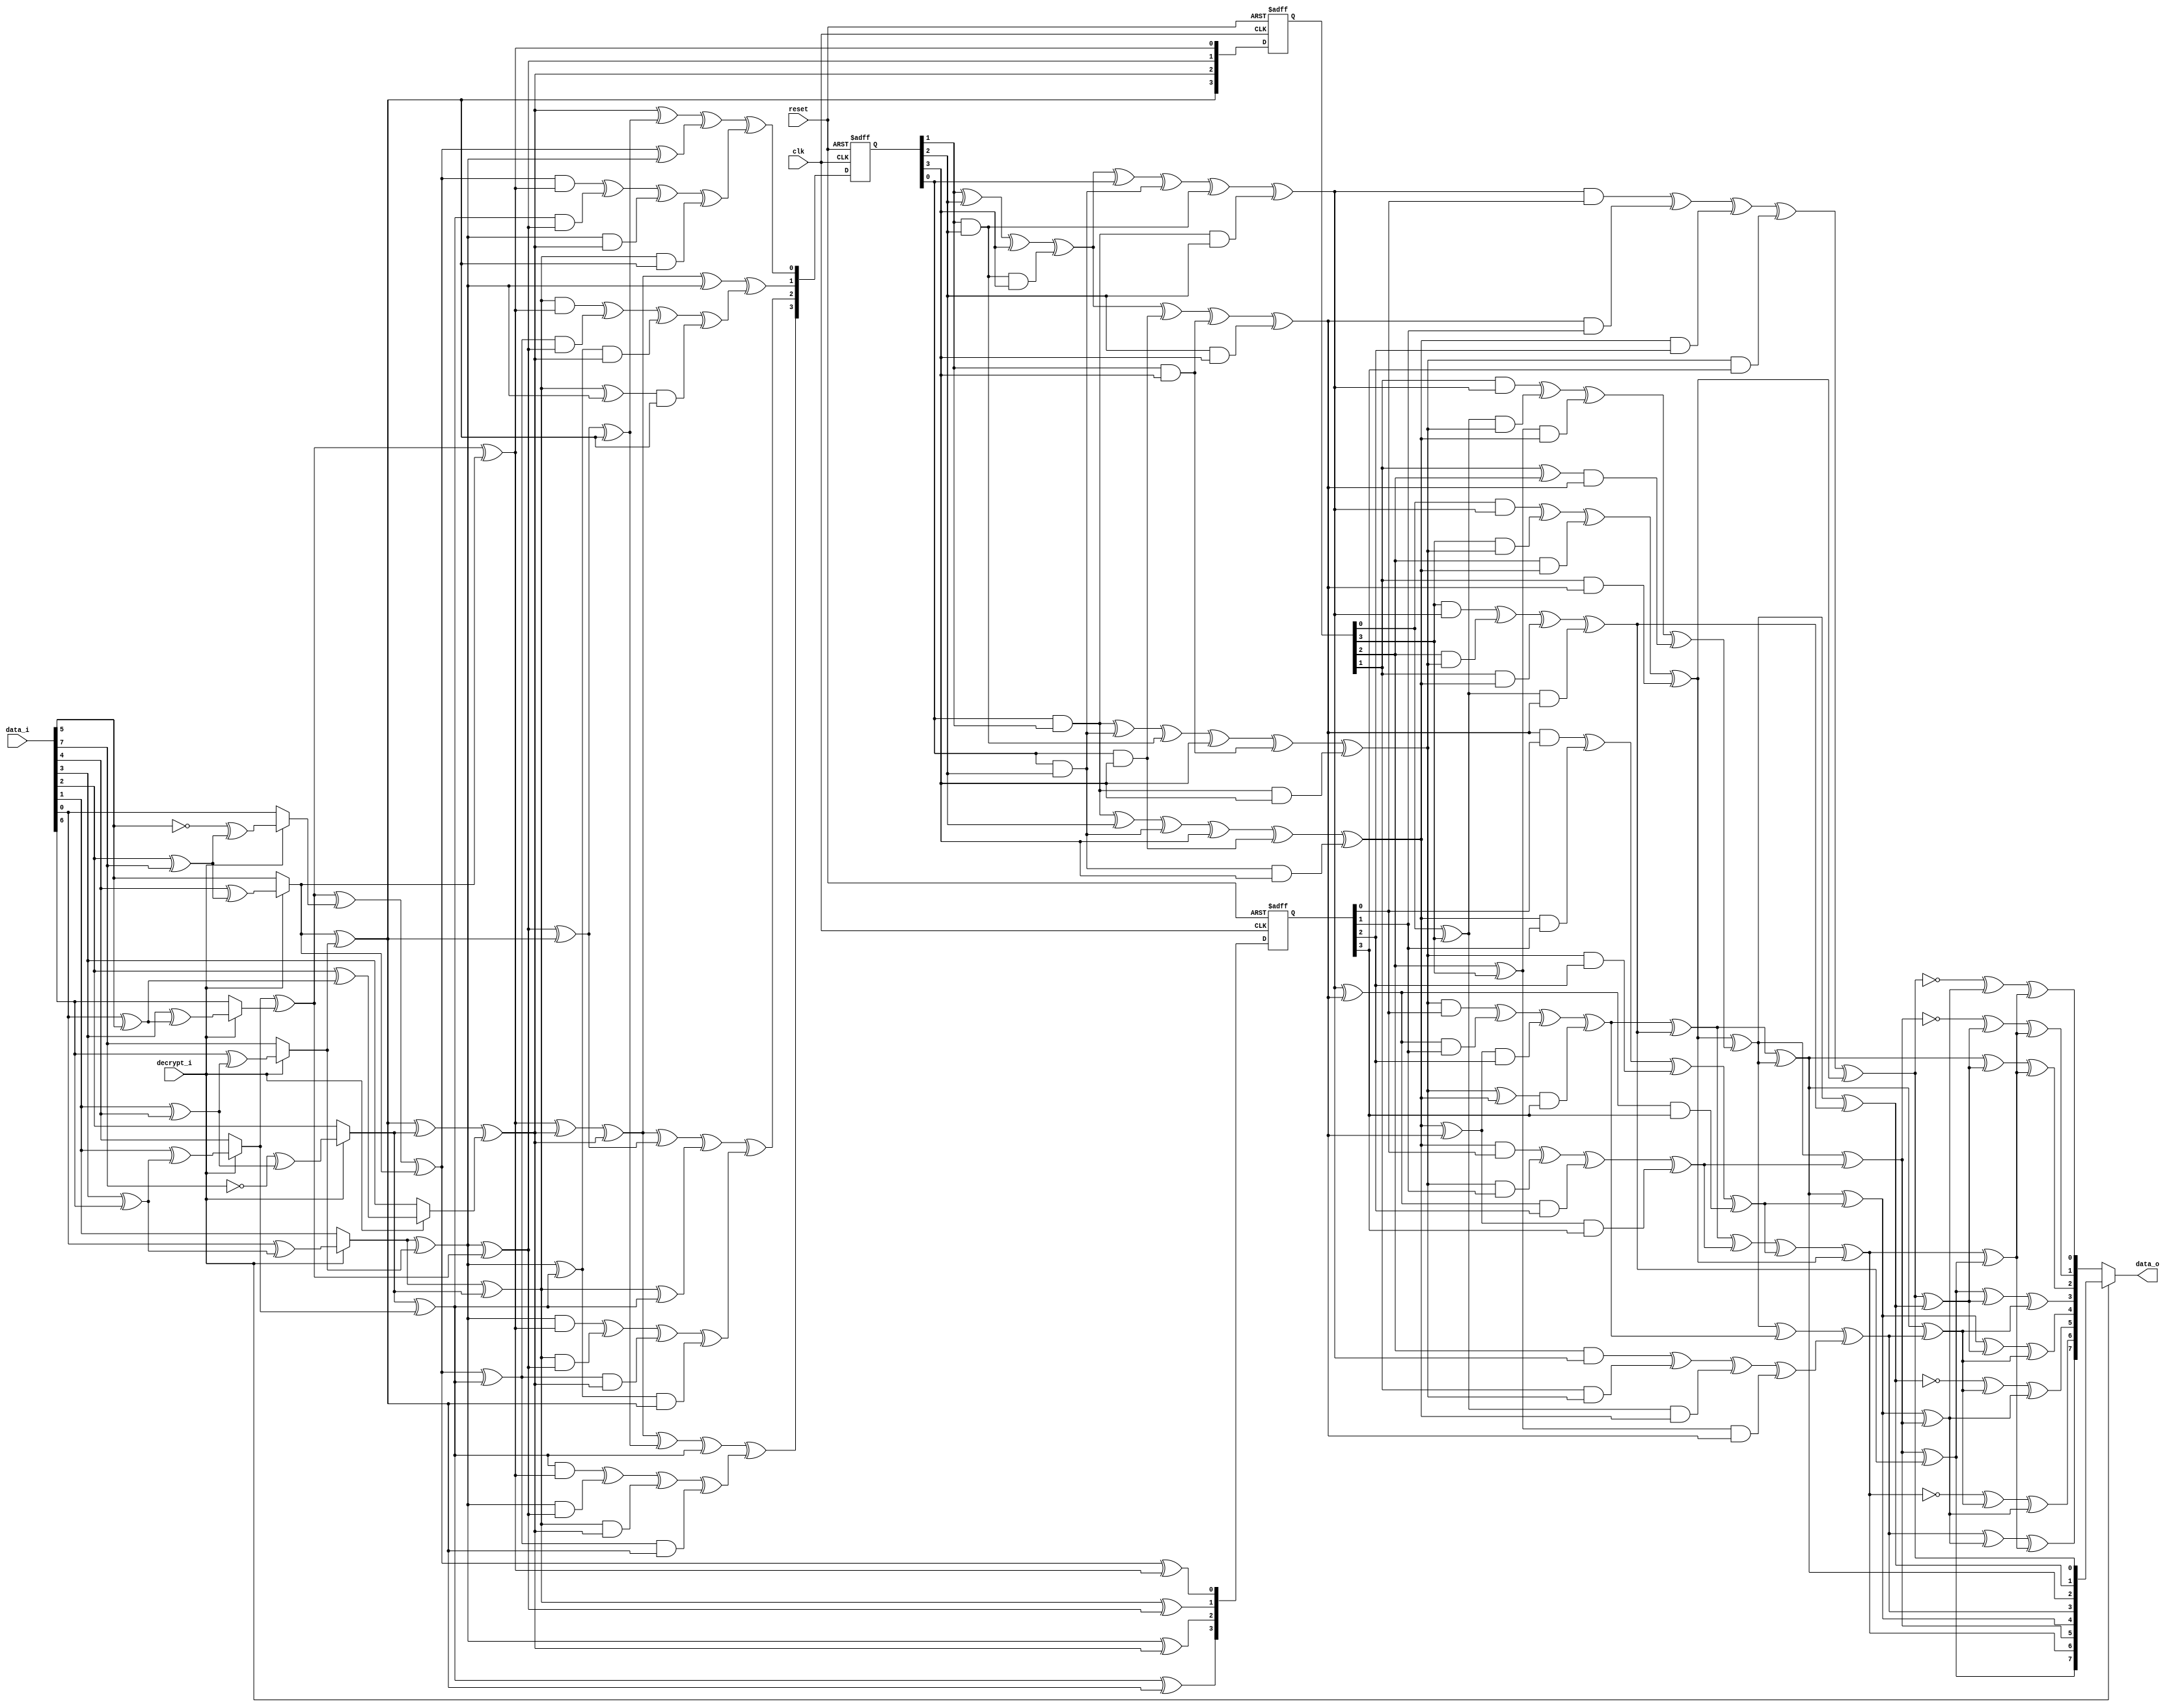
// This program was cloned from: https://github.com/ieee-ceda-datc/RDF-2019
// License: MIT License

//////////////////////////////////////////////////////////////////////
////                                                              ////
////  S-Box calculation                                           ////
////                                                              ////
////  This file is part of the SystemC AES                        ////
////                                                              ////
////  Description:                                                ////
////  S-box calculation calculating inverse on gallois field      ////
////                                                              ////
////  Generated automatically using SystemC to Verilog translator ////
////                                                              ////
////  To Do:                                                      ////
////   - done                                                     ////
////                                                              ////
////  Author(s):                                                  ////
////      - Javier Castillo, jcastilo@opencores.org               ////
////                                                              ////
//////////////////////////////////////////////////////////////////////
////                                                              ////
//// Copyright (C) 2000 Authors and OPENCORES.ORG                 ////
////                                                              ////
//// This source file may be used and distributed without         ////
//// restriction provided that this copyright statement is not    ////
//// removed from the file and that any derivative work contains  ////
//// the original copyright notice and the associated disclaimer. ////
////                                                              ////
//// This source file is free software; you can redistribute it   ////
//// and/or modify it under the terms of the GNU Lesser General   ////
//// Public License as published by the Free Software Foundation; ////
//// either version 2.1 of the License, or (at your option) any   ////
//// later version.                                               ////
////                                                              ////
//// This source is distributed in the hope that it will be       ////
//// useful, but WITHOUT ANY WARRANTY; without even the implied   ////
//// warranty of MERCHANTABILITY or FITNESS FOR A PARTICULAR      ////
//// PURPOSE.  See the GNU Lesser General Public License for more ////
//// details.                                                     ////
////                                                              ////
//// You should have received a copy of the GNU Lesser General    ////
//// Public License along with this source; if not, download it   ////
//// from http://www.opencores.org/lgpl.shtml                     ////
////                                                              ////
//////////////////////////////////////////////////////////////////////
//
// CVS Revision History
//
// $Log: sbox.v,v $
// Revision 1.1.1.1  2004/07/05 09:46:23  jcastillo
// First import
//

module sbox(clk,reset,data_i,decrypt_i,data_o);
input clk;
input reset;
input [7:0] data_i;
input decrypt_i;
output [7:0] data_o;

reg [7:0] data_o;

reg [7:0] inva;
reg [3:0] ah;
reg [3:0] al;
reg [3:0] ah2;
reg [3:0] al2;
reg [3:0] alxh;
reg [3:0] alph;
reg [3:0] d;
reg [3:0] ahp;
reg [3:0] alp;
reg [3:0] to_invert;
reg [3:0] next_to_invert;
reg [3:0] ah_reg;
reg [3:0] next_ah_reg;
reg [3:0] next_alph;


//registers:
always @(posedge clk or negedge reset)

begin

if(!reset)
begin

to_invert = (0);
	ah_reg = (0);
alph = (0);	

end
else
begin

	to_invert = (next_to_invert);
	ah_reg = (next_ah_reg);
alph = (next_alph);	

end
	

end
//first_mux:
reg[7:0] first_mux_data_var;
	reg[7:0] first_mux_InvInput;
	reg[3:0] first_mux_ah_t,first_mux_al_t;
	reg first_mux_aA,first_mux_aB,first_mux_aC,first_mux_aD;
	
always @(  data_i or   decrypt_i)

begin

	
	first_mux_data_var=data_i;
	first_mux_InvInput=first_mux_data_var;
	
	case(decrypt_i)
		1:
begin
		//Applyinverseaffinetrasformation
first_mux_aA=first_mux_data_var[0]^first_mux_data_var[5];first_mux_aB=first_mux_data_var[1]^first_mux_data_var[4];
		first_mux_aC=first_mux_data_var[2]^first_mux_data_var[7];first_mux_aD=first_mux_data_var[3]^first_mux_data_var[6];
		first_mux_InvInput[0]=(!first_mux_data_var[5])^first_mux_aC;
		first_mux_InvInput[1]=first_mux_data_var[0]^first_mux_aD;
		first_mux_InvInput[2]=(!first_mux_data_var[7])^first_mux_aB;
		first_mux_InvInput[3]=first_mux_data_var[2]^first_mux_aA;
		first_mux_InvInput[4]=first_mux_data_var[1]^first_mux_aD;
		first_mux_InvInput[5]=first_mux_data_var[4]^first_mux_aC;
		first_mux_InvInput[6]=first_mux_data_var[3]^first_mux_aA;
		first_mux_InvInput[7]=first_mux_data_var[6]^first_mux_aB;
		end
		default:
begin
first_mux_InvInput=first_mux_data_var;
		end
	endcase
	
	
	//ConvertelementsfromGF(2^8)intotwoelementsofGF(2^4^2)
	
	first_mux_aA=first_mux_InvInput[1]^first_mux_InvInput[7];
	first_mux_aB=first_mux_InvInput[5]^first_mux_InvInput[7];
	first_mux_aC=first_mux_InvInput[4]^first_mux_InvInput[6];
	
	
	first_mux_al_t[0]=first_mux_aC^first_mux_InvInput[0]^first_mux_InvInput[5];
	first_mux_al_t[1]=first_mux_InvInput[1]^first_mux_InvInput[2];
	first_mux_al_t[2]=first_mux_aA;
	first_mux_al_t[3]=first_mux_InvInput[2]^first_mux_InvInput[4];
	
	first_mux_ah_t[0]=first_mux_aC^first_mux_InvInput[5];
	first_mux_ah_t[1]=first_mux_aA^first_mux_aC;
	first_mux_ah_t[2]=first_mux_aB^first_mux_InvInput[2]^first_mux_InvInput[3];
	first_mux_ah_t[3]=first_mux_aB;
	
	al = (first_mux_al_t);
	ah = (first_mux_ah_t);
	next_ah_reg = (first_mux_ah_t);

end
//end_mux:
reg[7:0] end_mux_data_var,end_mux_data_o_var;
	reg end_mux_aA,end_mux_aB,end_mux_aC,end_mux_aD;

always @(  decrypt_i or   inva)

begin
	
	

	//Taketheoutputoftheinverter
	end_mux_data_var=inva;
	
	case(decrypt_i)
		0:
begin
		//Applyaffinetrasformation
end_mux_aA=end_mux_data_var[0]^end_mux_data_var[1];end_mux_aB=end_mux_data_var[2]^end_mux_data_var[3];
		end_mux_aC=end_mux_data_var[4]^end_mux_data_var[5];end_mux_aD=end_mux_data_var[6]^end_mux_data_var[7];
		end_mux_data_o_var[0]=(!end_mux_data_var[0])^end_mux_aC^end_mux_aD;
		end_mux_data_o_var[1]=(!end_mux_data_var[5])^end_mux_aA^end_mux_aD;
		end_mux_data_o_var[2]=end_mux_data_var[2]^end_mux_aA^end_mux_aD;
		end_mux_data_o_var[3]=end_mux_data_var[7]^end_mux_aA^end_mux_aB;
		end_mux_data_o_var[4]=end_mux_data_var[4]^end_mux_aA^end_mux_aB;
		end_mux_data_o_var[5]=(!end_mux_data_var[1])^end_mux_aB^end_mux_aC;
		end_mux_data_o_var[6]=(!end_mux_data_var[6])^end_mux_aB^end_mux_aC;
		end_mux_data_o_var[7]=end_mux_data_var[3]^end_mux_aC^end_mux_aD;
		data_o = (end_mux_data_o_var);
		end
		default:
begin
data_o = (end_mux_data_var);
		end
	endcase
	
	

end
//inversemap:
reg[3:0] aA,aB;
	reg[3:0] inversemap_alp_t,inversemap_ahp_t;
	reg[7:0] inversemap_inva_t;

always @(  alp or   ahp)
begin

	
	inversemap_alp_t=alp;
	inversemap_ahp_t=ahp;
	
	aA=inversemap_alp_t[1]^inversemap_ahp_t[3];
	aB=inversemap_ahp_t[0]^inversemap_ahp_t[1];
	
	inversemap_inva_t[0]=inversemap_alp_t[0]^inversemap_ahp_t[0];
	inversemap_inva_t[1]=aB^inversemap_ahp_t[3];
	inversemap_inva_t[2]=aA^aB;
	inversemap_inva_t[3]=aB^inversemap_alp_t[1]^inversemap_ahp_t[2];
	inversemap_inva_t[4]=aA^aB^inversemap_alp_t[3];
	inversemap_inva_t[5]=aB^inversemap_alp_t[2];
	inversemap_inva_t[6]=aA^inversemap_alp_t[2]^inversemap_alp_t[3]^inversemap_ahp_t[0];
	inversemap_inva_t[7]=aB^inversemap_alp_t[2]^inversemap_ahp_t[3];
	
	inva = (inversemap_inva_t);

end
//mul1:
reg[3:0] mul1_alxh_t;
	reg[3:0] mul1_aA,mul1_a;

always @(  ah or   al)

begin

	//alxah
	
	mul1_aA=al[0]^al[3];
	mul1_a=al[2]^al[3];
	
	mul1_alxh_t[0]=(al[0]&ah[0])^(al[3]&ah[1])^(al[2]&ah[2])^(al[1]&ah[3]);
	mul1_alxh_t[1]=(al[1]&ah[0])^(mul1_aA&ah[1])^(mul1_a&ah[2])^((al[1]^al[2])&ah[3]);
	mul1_alxh_t[2]=(al[2]&ah[0])^(al[1]&ah[1])^(mul1_aA&ah[2])^(mul1_a&ah[3]);
	mul1_alxh_t[3]=(al[3]&ah[0])^(al[2]&ah[1])^(al[1]&ah[2])^(mul1_aA&ah[3]);
	
	alxh = (mul1_alxh_t);

end
//mul2:
reg[3:0] mul2_ahp_t;
	reg[3:0] mul2_aA,mul2_aB;

always @(  d or   ah_reg)

begin

	//ahxd
	
	mul2_aA=ah_reg[0]^ah_reg[3];
	mul2_aB=ah_reg[2]^ah_reg[3];
	
	mul2_ahp_t[0]=(ah_reg[0]&d[0])^(ah_reg[3]&d[1])^(ah_reg[2]&d[2])^(ah_reg[1]&d[3]);
	mul2_ahp_t[1]=(ah_reg[1]&d[0])^(mul2_aA&d[1])^(mul2_aB&d[2])^((ah_reg[1]^ah_reg[2])&d[3]);
	mul2_ahp_t[2]=(ah_reg[2]&d[0])^(ah_reg[1]&d[1])^(mul2_aA&d[2])^(mul2_aB&d[3]);
	mul2_ahp_t[3]=(ah_reg[3]&d[0])^(ah_reg[2]&d[1])^(ah_reg[1]&d[2])^(mul2_aA&d[3]);
	
	ahp = (mul2_ahp_t);

end
//mul3:
reg[3:0] mul3_alp_t;
	reg[3:0] mul3_aA,mul3_aB;

always @(  d or   alph)

begin

	//dxal
	
	mul3_aA=d[0]^d[3];
	mul3_aB=d[2]^d[3];
	
	mul3_alp_t[0]=(d[0]&alph[0])^(d[3]&alph[1])^(d[2]&alph[2])^(d[1]&alph[3]);
	mul3_alp_t[1]=(d[1]&alph[0])^(mul3_aA&alph[1])^(mul3_aB&alph[2])^((d[1]^d[2])&alph[3]);
	mul3_alp_t[2]=(d[2]&alph[0])^(d[1]&alph[1])^(mul3_aA&alph[2])^(mul3_aB&alph[3]);
	mul3_alp_t[3]=(d[3]&alph[0])^(d[2]&alph[1])^(d[1]&alph[2])^(mul3_aA&alph[3]);
	
	alp = (mul3_alp_t);

end
//intermediate:
reg[3:0] intermediate_aA,intermediate_aB;
	reg[3:0] intermediate_ah2e,intermediate_ah2epl2,intermediate_to_invert_var;
	
always @(  ah2 or   al2 or   alxh)

begin

	
	//ahsquareismultipliedwithe
	intermediate_aA=ah2[0]^ah2[1];
	intermediate_aB=ah2[2]^ah2[3];
	intermediate_ah2e[0]=ah2[1]^intermediate_aB;
	intermediate_ah2e[1]=intermediate_aA;
	intermediate_ah2e[2]=intermediate_aA^ah2[2];
	intermediate_ah2e[3]=intermediate_aA^intermediate_aB;
	
	//Additionofintermediate_ah2eplusal2
	intermediate_ah2epl2[0]=intermediate_ah2e[0]^al2[0];
	intermediate_ah2epl2[1]=intermediate_ah2e[1]^al2[1];
	intermediate_ah2epl2[2]=intermediate_ah2e[2]^al2[2];
	intermediate_ah2epl2[3]=intermediate_ah2e[3]^al2[3];
	
	//Additionoflastresultwiththeresultof(alxah)
	intermediate_to_invert_var[0]=intermediate_ah2epl2[0]^alxh[0];
	intermediate_to_invert_var[1]=intermediate_ah2epl2[1]^alxh[1];
	intermediate_to_invert_var[2]=intermediate_ah2epl2[2]^alxh[2];
	intermediate_to_invert_var[3]=intermediate_ah2epl2[3]^alxh[3];

//Registers
	next_to_invert = (intermediate_to_invert_var);

end
//inversion:
reg[3:0] inversion_to_invert_var;
	reg[3:0] inversion_aA,inversion_d_t;
	
always @(  to_invert)

begin

	
	inversion_to_invert_var=to_invert;
	
	//InverttheresultinGF(2^4)
	inversion_aA=inversion_to_invert_var[1]^inversion_to_invert_var[2]^inversion_to_invert_var[3]^(inversion_to_invert_var[1]&inversion_to_invert_var[2]&inversion_to_invert_var[3]);
	inversion_d_t[0]=inversion_aA^inversion_to_invert_var[0]^(inversion_to_invert_var[0]&inversion_to_invert_var[2])^(inversion_to_invert_var[1]&inversion_to_invert_var[2])^(inversion_to_invert_var[0]&inversion_to_invert_var[1]&inversion_to_invert_var[2]);
	inversion_d_t[1]=(inversion_to_invert_var[0]&inversion_to_invert_var[1])^(inversion_to_invert_var[0]&inversion_to_invert_var[2])^(inversion_to_invert_var[1]&inversion_to_invert_var[2])^inversion_to_invert_var[3]^(inversion_to_invert_var[1]&inversion_to_invert_var[3])^(inversion_to_invert_var[0]&inversion_to_invert_var[1]&inversion_to_invert_var[3]);
	inversion_d_t[2]=(inversion_to_invert_var[0]&inversion_to_invert_var[1])^inversion_to_invert_var[2]^(inversion_to_invert_var[0]&inversion_to_invert_var[2])^inversion_to_invert_var[3]^(inversion_to_invert_var[0]&inversion_to_invert_var[3])^(inversion_to_invert_var[0]&inversion_to_invert_var[2]&inversion_to_invert_var[3]);
	inversion_d_t[3]=inversion_aA^(inversion_to_invert_var[0]&inversion_to_invert_var[3])^(inversion_to_invert_var[1]&inversion_to_invert_var[3])^(inversion_to_invert_var[2]&inversion_to_invert_var[3]);
	
	d = (inversion_d_t);
	

end
//sum1:
reg[3:0] sum1_alph_t;
	
always @(  ah or   al)

begin

	
	sum1_alph_t[0]=al[0]^ah[0];
	sum1_alph_t[1]=al[1]^ah[1];
	sum1_alph_t[2]=al[2]^ah[2];
	sum1_alph_t[3]=al[3]^ah[3];
	
	next_alph = (sum1_alph_t);

end
//square1:
reg[3:0] square1_ah_t;
	
always @(  ah)

begin

	
	square1_ah_t[0]=ah[0]^ah[2];
	square1_ah_t[1]=ah[2];
	square1_ah_t[2]=ah[1]^ah[3];
	square1_ah_t[3]=ah[3];
	
	ah2 = (square1_ah_t);

end
//square2:
reg[3:0] square2_al_t;
	
always @(  al)

begin

	
	square2_al_t[0]=al[0]^al[2];
	square2_al_t[1]=al[2];
	square2_al_t[2]=al[1]^al[3];
	square2_al_t[3]=al[3];
	
	al2 = (square2_al_t);

end

endmodule